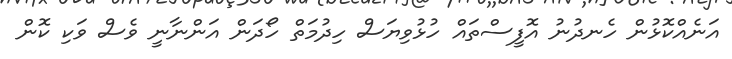
އަނެއްކޮޅުން ހެނދުނު އޮފީސްތައް ހުޅުވިޔަސް ހިދުމަތް ހޯދަން އަންނާނީ ވެސް ވަކި ކޮން